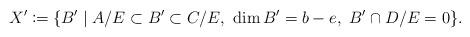
LaTeX: \begin{align*}X'\coloneqq \{B' \mid A/E \subset B' \subset C/E,\ \dim B' = b-e,\ B'\cap D/E = 0 \}.\end{align*}